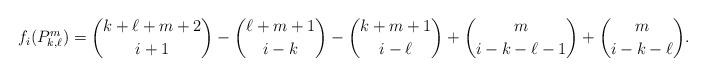
LaTeX: \begin{align*}f_i(P_{k,\ell}^m) = \binom{k+\ell+m+2}{i+1}- \binom{\ell+m+1}{i-k}- \binom{k+m+1}{i-\ell}+ \binom{m}{i-k-\ell-1}+ \binom{m}{i-k-\ell}.\end{align*}